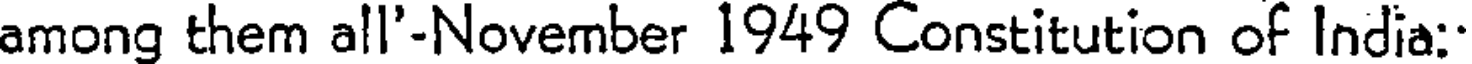
among them all'-November 1949 Constitution of India: